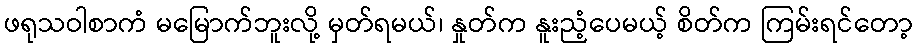
ဖရုသဝါစာကံ မမြောက်ဘူးလို့ မှတ်ရမယ်၊ နှုတ်က နူးညံ့ပေမယ့် စိတ်က ကြမ်းရင်တော့